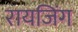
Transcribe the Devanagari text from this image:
रायजिंग